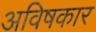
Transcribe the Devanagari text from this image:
अविषकार